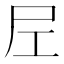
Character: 𡰱